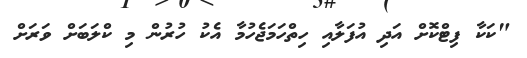
"ކަކާ ފިޓްކޮށް އަދި އުފަލާއި ހިތްހަމަޖެހުމާ އެކު ހުރުން މި ކްލަބަށް ވަރަށް